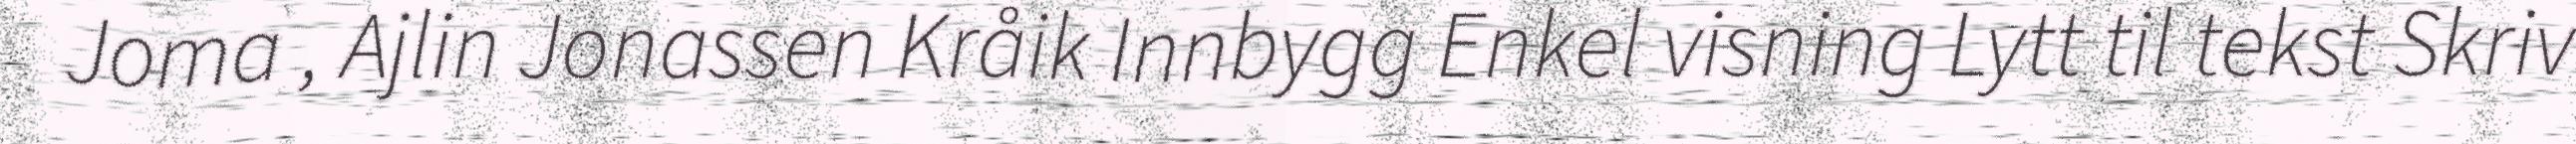
Joma , Ajlin Jonassen Kråik Innbygg Enkel visning Lytt til tekst Skriv